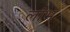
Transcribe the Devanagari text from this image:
लांभ